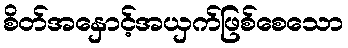
စိတ်အနှောင့်အယှက်ဖြစ်စေသော